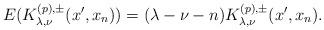
LaTeX: \begin{align*} E(K_{\lambda,\nu}^{(p),\pm}(x^\prime,x_n))=(\lambda-\nu-n)K_{\lambda,\nu}^{(p),\pm}(x^\prime,x_n). \end{align*}